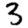
Digit: 3